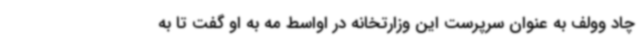
چاد وولف به عنوان سرپرست این وزارتخانه در اواسط مه به او گفت تا به